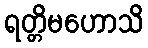
ရတ္တိမဟောသိ